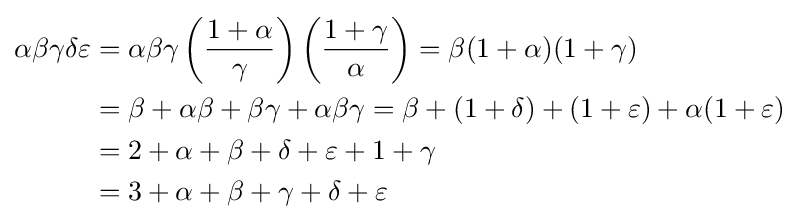
{\begin{aligned}\alpha \beta \gamma \delta \varepsilon &=\alpha \beta \gamma \left({\frac {1+\alpha }{\gamma }}\right)\left({\frac {1+\gamma }{\alpha }}\right)=\beta (1+\alpha )(1+\gamma )\\&=\beta +\alpha \beta +\beta \gamma +\alpha \beta \gamma =\beta +(1+\delta )+(1+\varepsilon )+\alpha (1+\varepsilon )\\&=2+\alpha +\beta +\delta +\varepsilon +1+\gamma \\&=3+\alpha +\beta +\gamma +\delta +\varepsilon \end{aligned}}